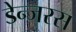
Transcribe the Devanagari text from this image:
डेन्जरस